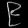
Digit: ၉